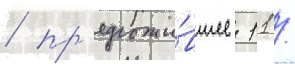
/ пр'едложи́вшее 11 /